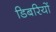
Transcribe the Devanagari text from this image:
डिबरियों